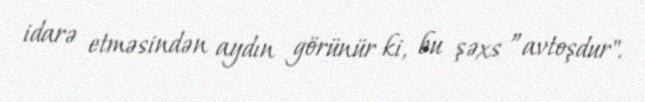
idarə etməsindən aydın görünür ki, bu şəxs ”avtoşdur".